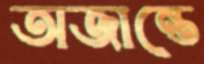
অজান্তে